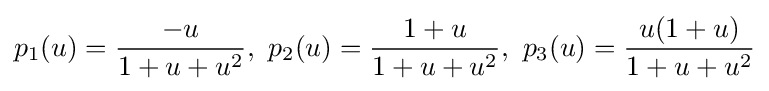
p_{1}(u)={\frac {-u}{1+u+u^{2}}},\ p_{2}(u)={\frac {1+u}{1+u+u^{2}}},\ p_{3}(u)={\frac {u(1+u)}{1+u+u^{2}}}